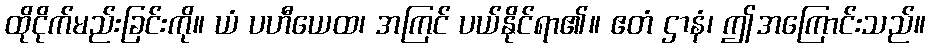
ထိုငိုက်မည်းခြင်းကို။ ယံ ပဟီယေထ၊ အကြင် ပယ်နိုင်ရာ၏။ ဧတံ ဌာနံ၊ ဤအကြောင်းသည်။